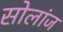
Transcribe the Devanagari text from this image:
सोलांज